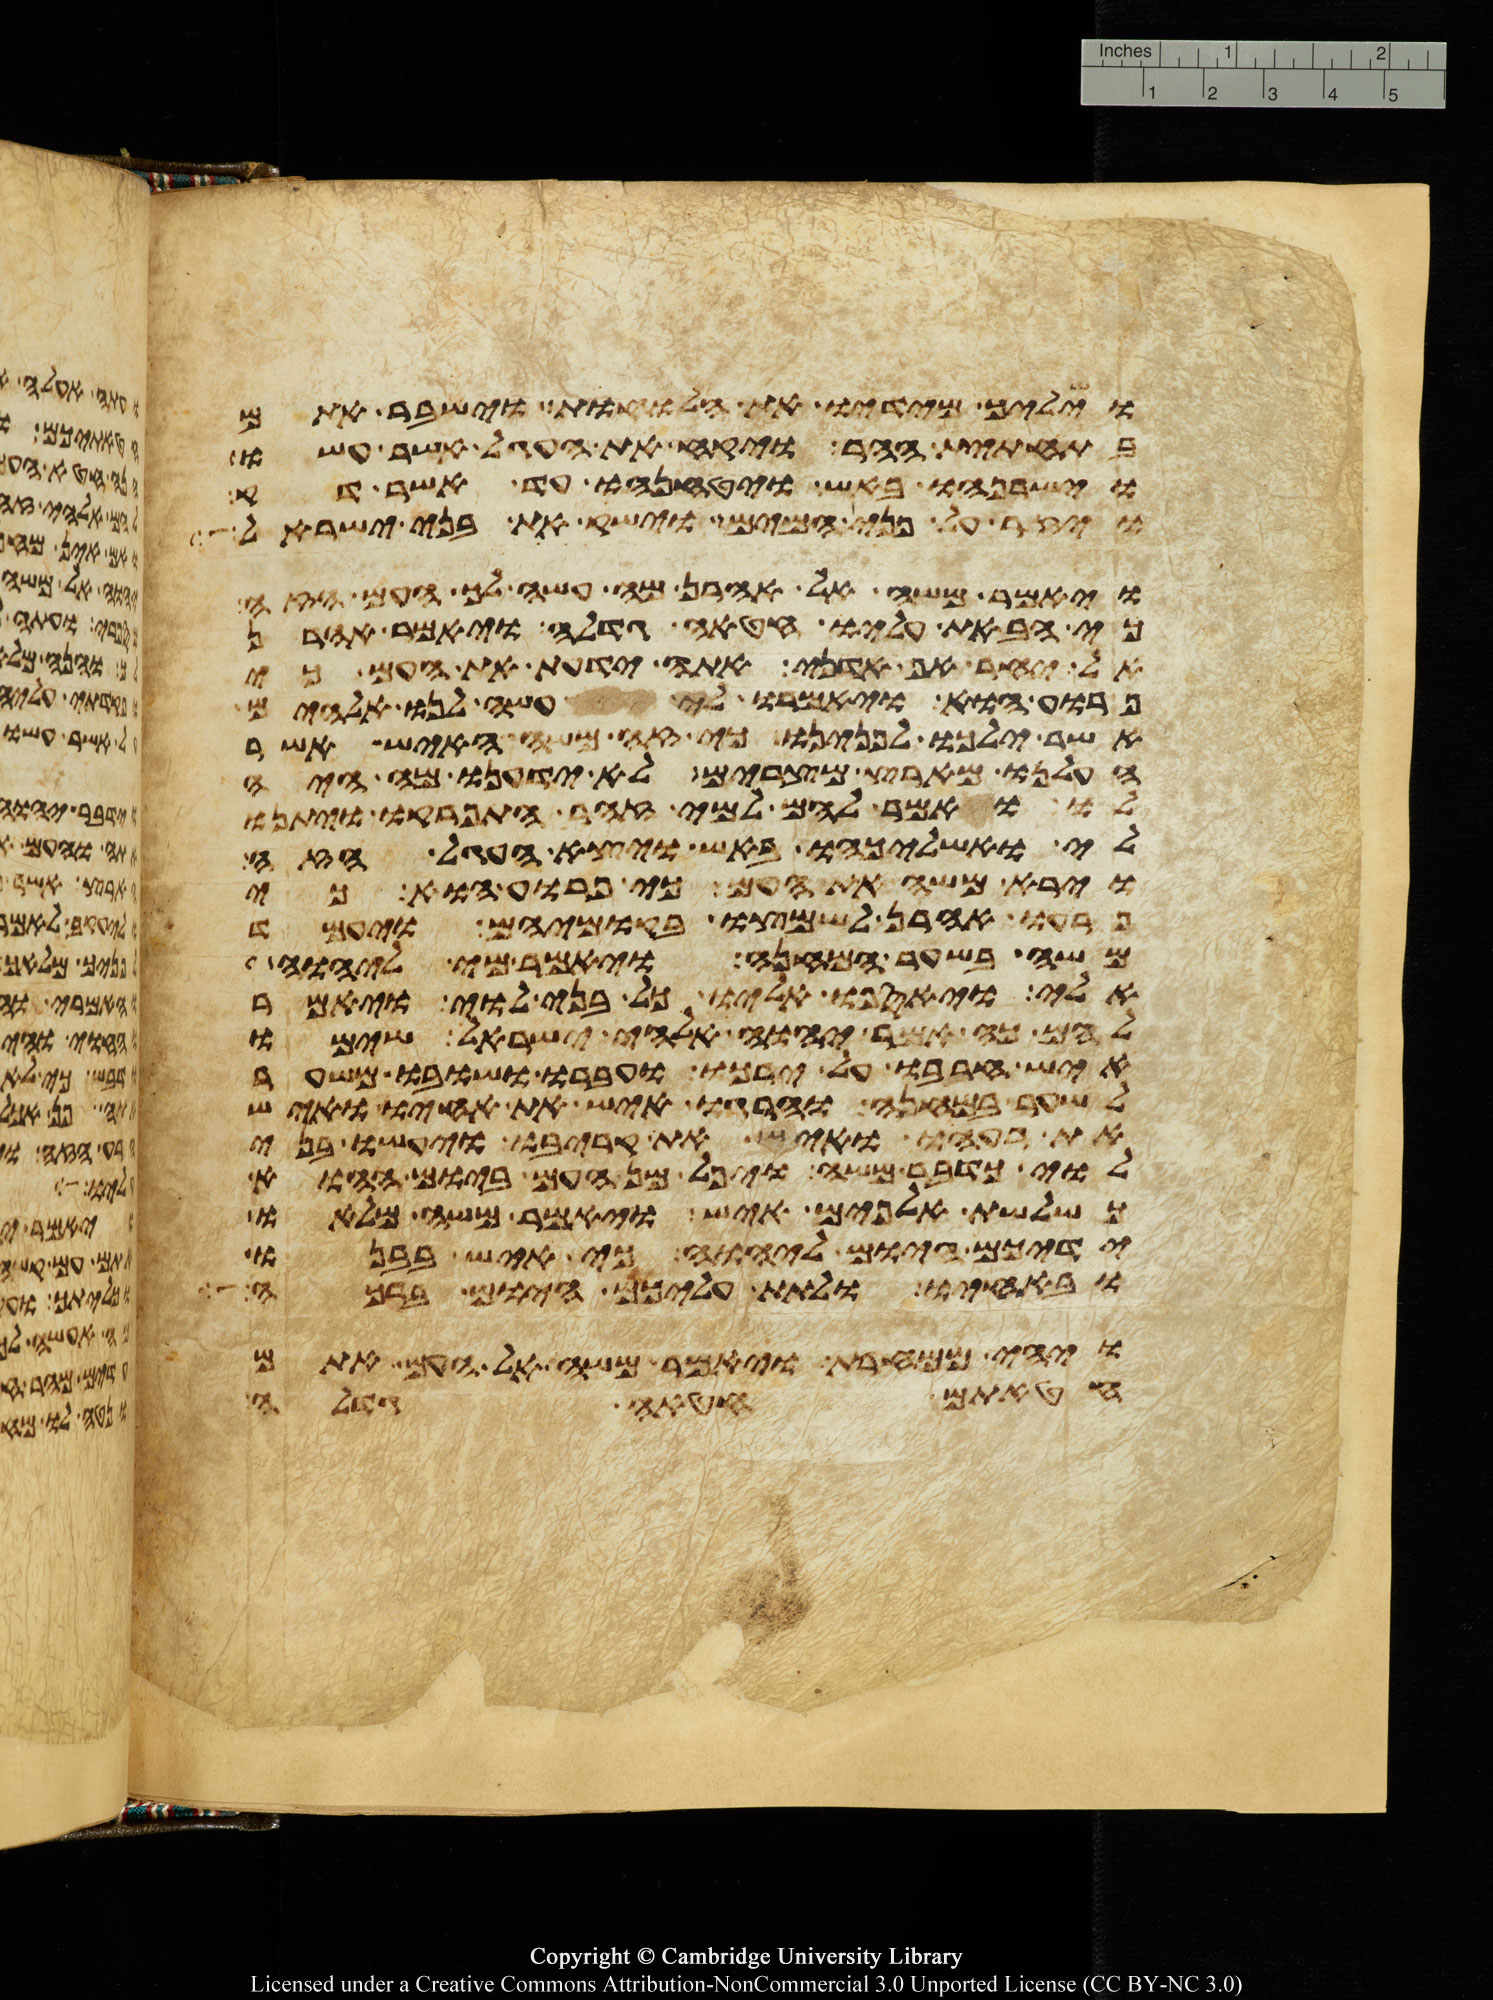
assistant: וישליך מידיו את הלוחות וישבר אתם
בתחתית ההר ויקח את העגל אשר עשו
וישרפהו באש ויטנחהו עד אשר דק
ויזר על פני המים וישק את בני ישראל
ויאמר משה אל אהרן מה עשה לך העם הזה
כי הבאת עליו חטאה גדלה ויאמר אהרן
אל יחר אף אדני אתה ידעת את העם כי
פרוע הוא ויאמרו לי עשה לנו אלהים
אשר ילכו לפנינו כי זה משה האיש אשר
העלנו מארץ מצרים לא ידענו מה היה
לו ואמר להם למי זהב התפרקו ויתנו
לי ואשליכהו באש ויצא העגל הזה
וירא משה את העם כי פרוע הוא כי
פרעו אהרן לשמצו בקומיהם ויעמד
משה בשער המחנה ויאמר מי ליהוה
אלי ויאספו אליו כל בני לוי ויאמר
להם כה אמר יהוה אלהי ישראל שימו
איש חרבו על ירכו ועברו ושובו משער
לשער במחנה והרגו איש את אחיו ואיש
את רעהו ואיש את קריבו ויעשו בני
לוי כדבר משה ויפל מן העם ביום ההוא
כשלשת אלפים איש ויאמר משה מלאו
ידיכם היום ליהוה כי איש בבנו
ובאחיו ולתת עליכם היום ברכה
ויהי ממחרת ויאמר משה אל העם אתם
חטאתם חטאה גדלה